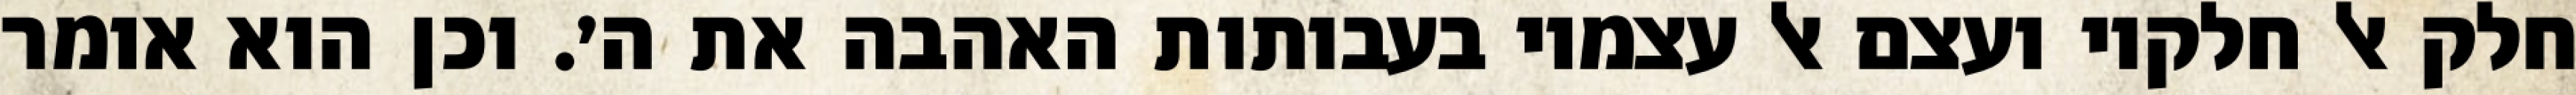
חלק אל חלקיו ועצם אל עצמיו בעבותות האהבה את ה׳. וכן הוא אומר